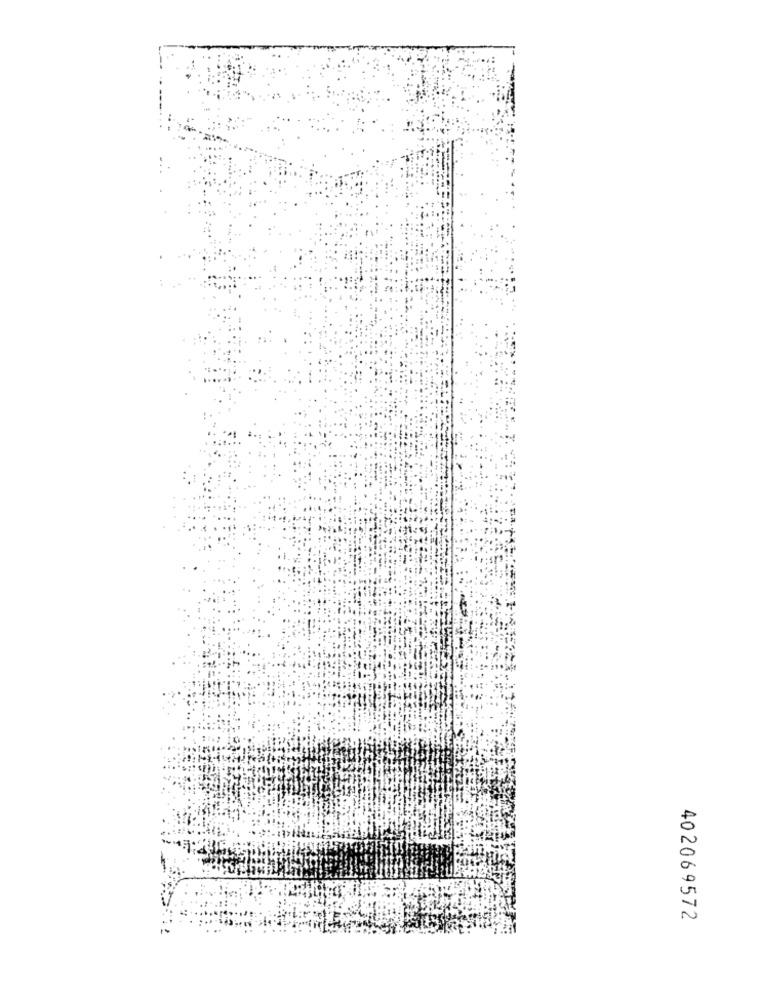
402069572